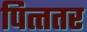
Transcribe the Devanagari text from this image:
पित्त्तर